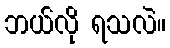
ဘယ်လို ရသလဲ။